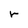
Character: r